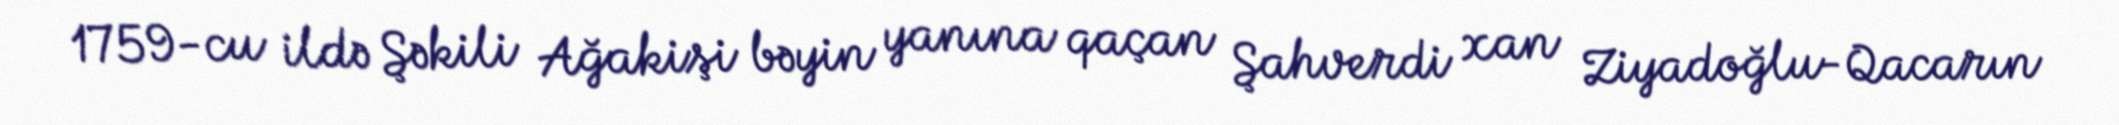
1759-cu ildə Şəkili Ağakişi bəyin yanına qaçan Şahverdi xan Ziyadoğlu-Qacarın